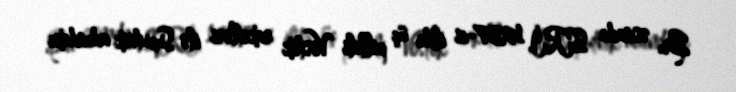
Bu əsnada SSRİ, 1957-ci ildə üç pilləli Vostok raketləri ilə Suputnik adındakı